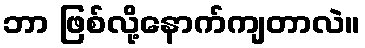
ဘာ ဖြစ်လို့နောက်ကျတာလဲ။